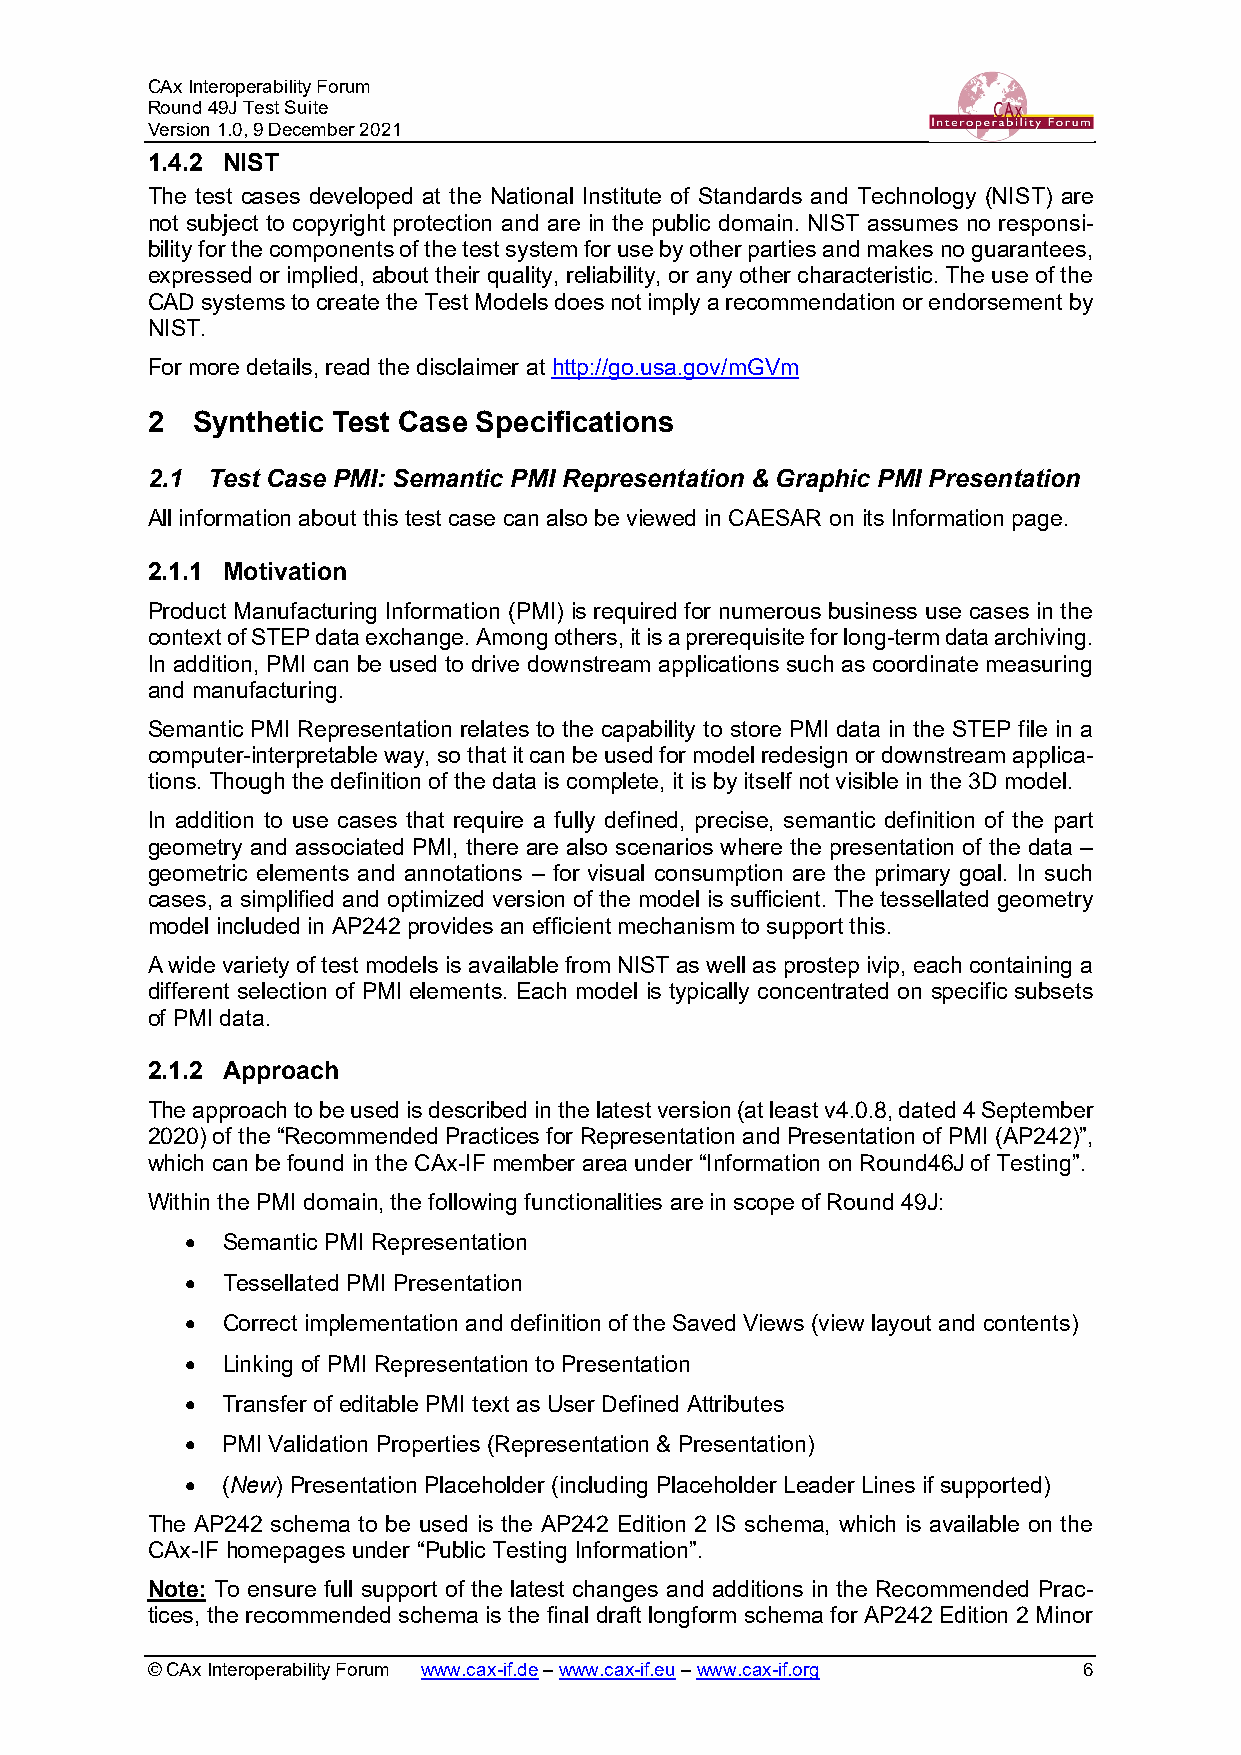
CAx Interoperability Forum
 Round 49J Test Suite
 Version 1.0, 9 December 2021
 1.4.2 NIST
 The test cases developed at the National Institute of Standards and Technology (NIST) are
 not subject to copyright protection and are in the public domain. NIST assumes no responsi-
 bility for the components of the test system for use by other parties and makes no guarantees,
 expressed or implied, about their quality, reliability, or any other characteristic. The use of the
 CAD systems to create the Test Models does not imply a recommendation or endorsement by
 NIST.
 For more details, read the disclaimer at http://go.usa.gov/mGVm
 2  Synthetic Test Case Specifications
 2.1 Test Case PMI: Semantic PMI Representation & Graphic PMI Presentation
 All information about this test case can also be viewed in CAESAR on its Information page.
 2.1.1 Motivation
 Product Manufacturing Information (PMI) is required for numerous business use cases in the
 context of STEP data exchange. Among others, it is a prerequisite for long-term data archiving.
 In addition, PMI can be used to drive downstream applications such as coordinate measuring
 and manufacturing.
 Semantic PMI Representation relates to the capability to store PMI data in the STEP file in a
 computer-interpretable way, so that it can be used for model redesign or downstream applica-
 tions. Though the definition of the data is complete, it is by itself not visible in the 3D model.
 In addition to use cases that require a fully defined, precise, semantic definition of the part
 geometry and associated PMI, there are also scenarios where the presentation of the data –
 geometric elements and annotations – for visual consumption are the primary goal. In such
 cases, a simplified and optimized version of the model is sufficient. The tessellated geometry
 model included in AP242 provides an efficient mechanism to support this.
 A wide variety of test models is available from NIST as well as prostep ivip, each containing a
 different selection of PMI elements. Each model is typically concentrated on specific subsets
 of PMI data.
 2.1.2 Approach
 The approach to be used is described in the latest version (at least v4.0.8, dated 4 September
 2020) of the “Recommended Practices for Representation and Presentation of PMI (AP242)”,
 which can be found in the CAx-IF member area under “Information on Round46J of Testing”.
 Within the PMI domain, the following functionalities are in scope of Round 49J:
 •  Semantic PMI Representation
 •  Tessellated PMI Presentation
 •  Correct implementation and definition of the Saved Views (view layout and contents)
 •  Linking of PMI Representation to Presentation
 •  Transfer of editable PMI text as User Defined Attributes
 •  PMI Validation Properties (Representation & Presentation)
 •  (New) Presentation Placeholder (including Placeholder Leader Lines if supported)
 The AP242 schema to be used is the AP242 Edition 2 IS schema, which is available on the
 CAx-IF homepages under “Public Testing Information”.
 Note: To ensure full support of the latest changes and additions in the Recommended Prac-
 tices, the recommended schema is the final draft longform schema for AP242 Edition 2 Minor
 © CAx Interoperability Forum www.cax-if.de – www.cax-if.eu – www.cax-if.org 6